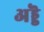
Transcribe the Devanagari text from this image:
अड्डॆ